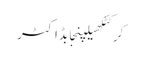
کرکٹکھیلپنجابڈاکٹر